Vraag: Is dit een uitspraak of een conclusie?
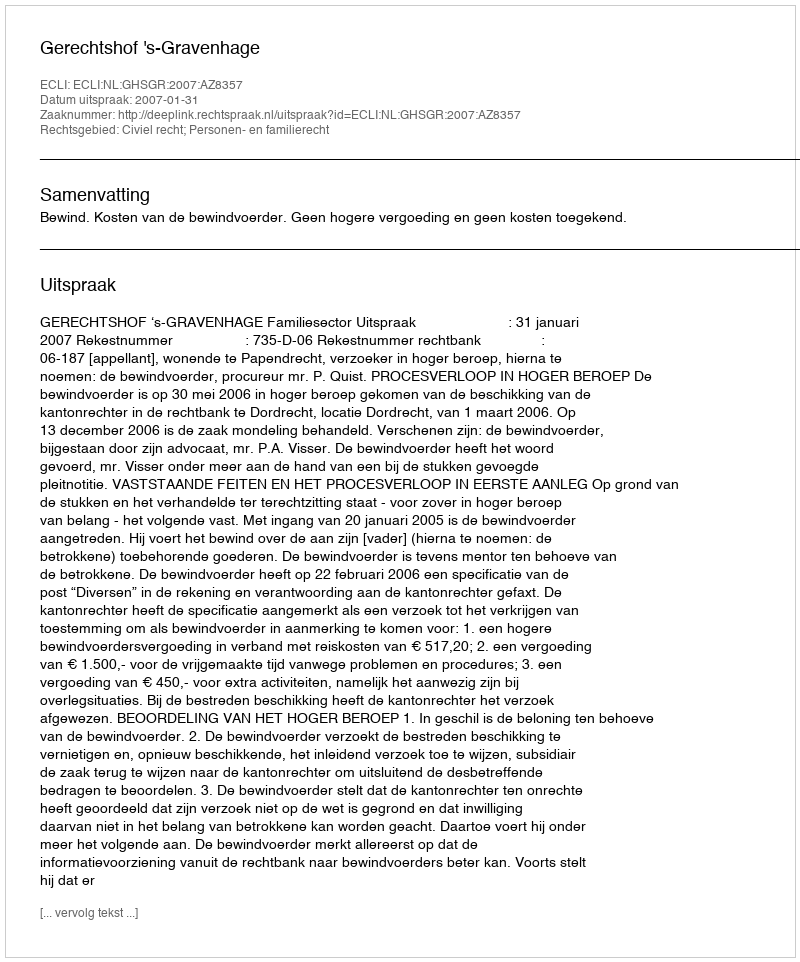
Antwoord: Uitspraak